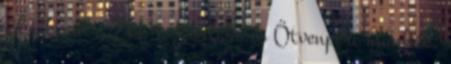
jól sikerül a ZH, a Kortárs és Ötvenperc munkák,